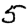
Digit: 5